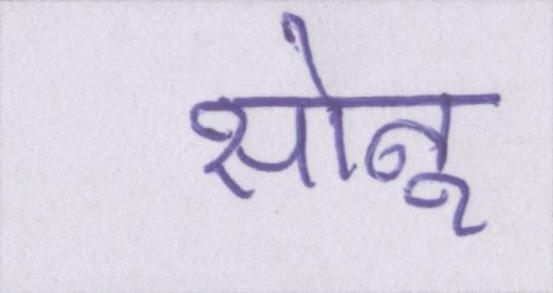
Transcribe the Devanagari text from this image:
सोनू